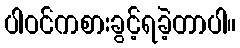
ပါဝင်ကစားခွင့်ရခဲ့တာပါ။